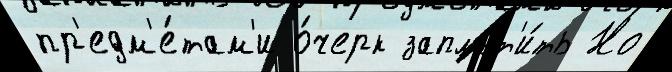
пр'едм'е́там'и о́черк заплат'и́ть Но